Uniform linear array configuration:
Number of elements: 32
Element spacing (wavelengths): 1
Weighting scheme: exponential
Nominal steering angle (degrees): -15
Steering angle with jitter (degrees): -15.8
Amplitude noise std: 0.05
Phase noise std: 0.05

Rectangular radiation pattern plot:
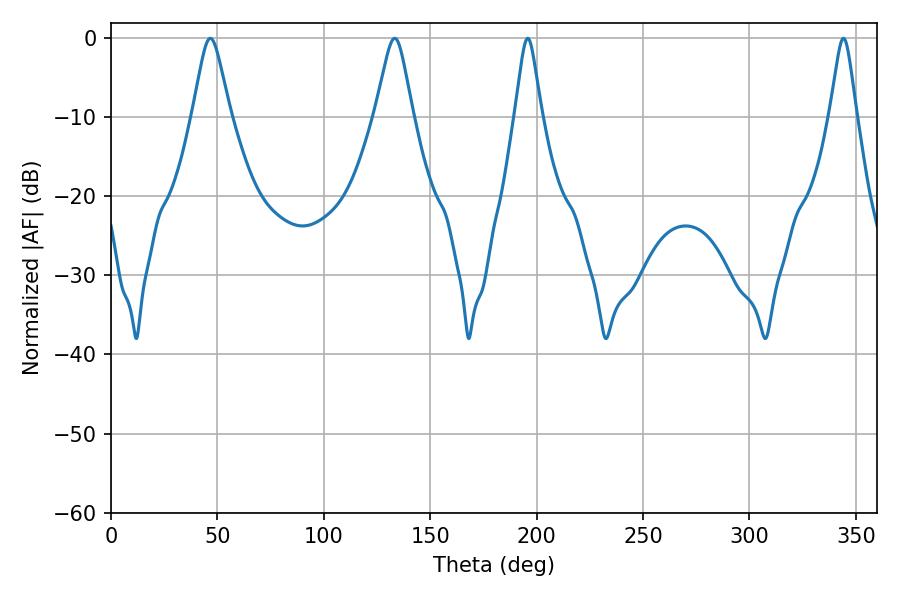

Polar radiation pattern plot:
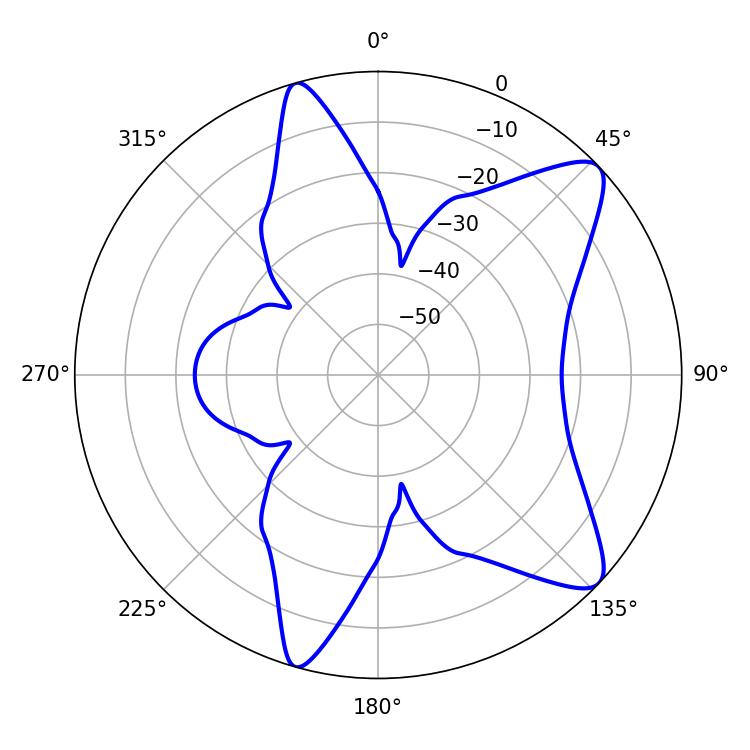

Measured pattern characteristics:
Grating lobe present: TRUE
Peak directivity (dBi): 10.085
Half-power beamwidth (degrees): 5.76
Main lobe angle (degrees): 195.84